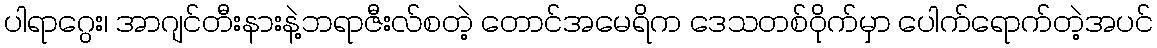
ပါရာဂွေး၊ အာဂျင်တီးနားနဲ့ဘရာဇီးလ်စတဲ့ တောင်အမေရိက ဒေသတစ်ဝိုက်မှာ ပေါက်ရောက်တဲ့အပင်